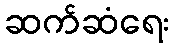
ဆက်ဆံရေး